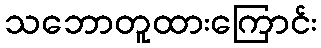
သဘောတူထားကြောင်း